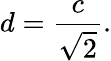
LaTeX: d={\frac{c}{\sqrt{2}}}.